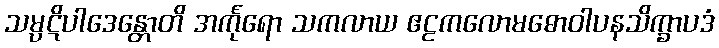
သမ္ပဋိပါဒေန္တောတိ အင်္ကုရော သကလာယ ဧဠကလောမဓောဝါပနသိက္ခာပဒံ